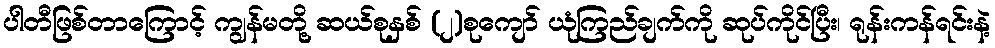
ပါတီဖြစ်တာကြောင့် ကျွန်မတို့ ဆယ်စုနှစ် (၂)စုကျော် ယုံကြည်ချက်ကို ဆုပ်ကိုင်ပြီး၊ ရုန်းကန်ရင်းနဲ့